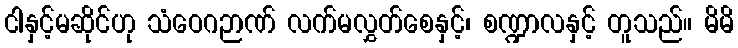
ငါနှင့်မဆိုင်ဟု သံဝေဂဉာဏ် လက်မလွှတ်စေနှင့်၊ စဏ္ဍာလနှင့် တူသည်။ မိမိ